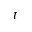
t